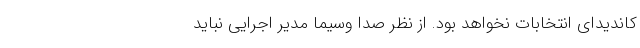
کاندیدای انتخابات نخواهد بود. از نظر صدا وسیما مدیر اجرایی نباید